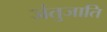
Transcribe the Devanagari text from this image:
जंतुजाति